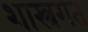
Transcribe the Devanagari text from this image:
शास्त्रगत